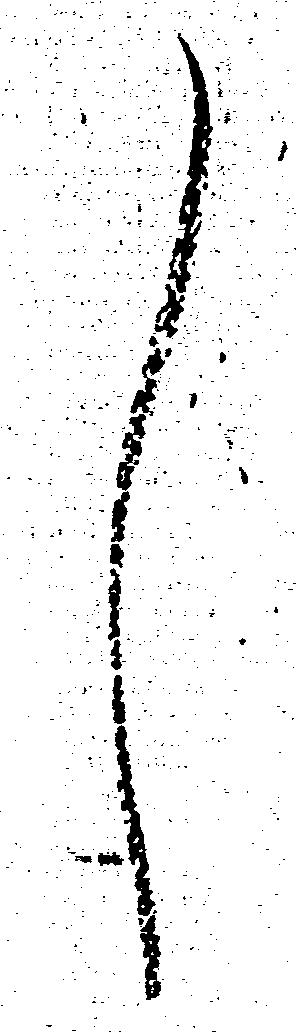
し